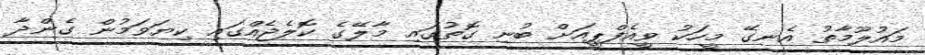
މައުލޫމާތު އެނގޭ މީހަކު ވީއެފްޕީއަށް ބުނި ގޮތުގައި މާލޭގެ ކޮލެޖެއްގައި ކިޔަވަމުން ގެންދާ